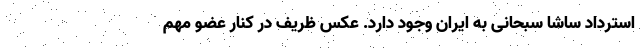
استرداد ساشا سبحانی به ایران وجود دارد. عکس ظریف در کنار عضو مهم